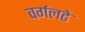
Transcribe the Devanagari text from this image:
वर्गलढे